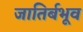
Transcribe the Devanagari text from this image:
जातिर्बभूव